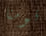
قومنا